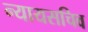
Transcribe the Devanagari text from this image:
न्यायसचिव